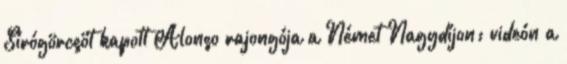
Sírógörcsöt kapott Alonso rajongója a Német Nagydíjon: videón a